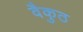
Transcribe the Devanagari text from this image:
वैकुठ